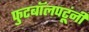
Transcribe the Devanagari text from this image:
फुटबॉलपटूंनी